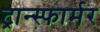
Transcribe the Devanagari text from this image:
ट्रान्स्फार्मर